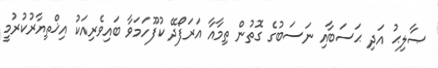
ޞާލިޙު އަދި ޙަސަބާއި ނަސަބުގެ ގޮތުން ތިމާއާ އަރަފޯދޭ ކުފޫހަމަވާ ބައިވެރިއަކު އިޚްތިޔާރުކުރުމީ